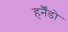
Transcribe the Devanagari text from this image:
हर्नैंडो